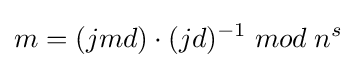
m=(jmd)\cdot (jd)^{-1}\;mod\;n^{s}